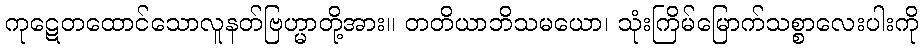
ကုဋေတထောင်သောလူနတ်ဗြဟ္မာတို့အား။ တတိယာဘိသမယော၊ သုံးကြိမ်မြောက်သစ္စာလေးပါးကို